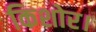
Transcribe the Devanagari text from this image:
किशोर।